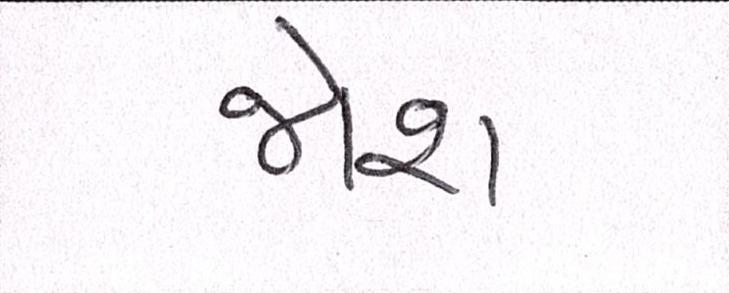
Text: જોશ